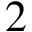
2